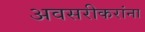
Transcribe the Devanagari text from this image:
अवसरीकरांना